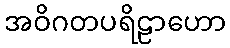
အဝိဂတပရိဠာဟော